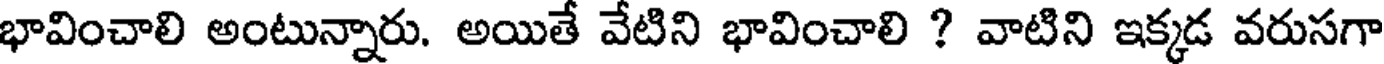
భావించాలి అంటున్నారు. అయితే వేటిని భావించాలి ? వాటిని ఇక్కడ వరుసగా